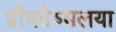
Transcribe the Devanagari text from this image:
प्रीयतेऽमलया